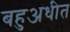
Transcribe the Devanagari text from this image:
बहुअधीत